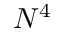
N ^ { 4 }